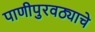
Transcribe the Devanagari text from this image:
पाणीपुरवठ्याचे